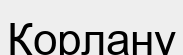
Қорлану